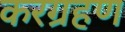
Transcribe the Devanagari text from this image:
करग्रहण